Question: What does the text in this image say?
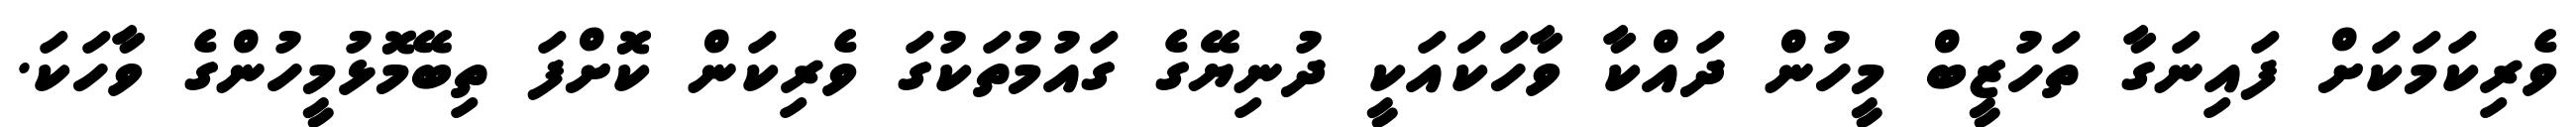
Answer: ވެރިކަމަކަށް ފައިނަގާ ތަހުޒީބް މީހުން ދައްކާ ވާހަކައަކީ ދުނިޔޭގެ ގައުމުތަކުގަ ވެރިކަން ކޮށްފަ ތިބޭމޮޅުމީހުންގެ ވާހަކަ.